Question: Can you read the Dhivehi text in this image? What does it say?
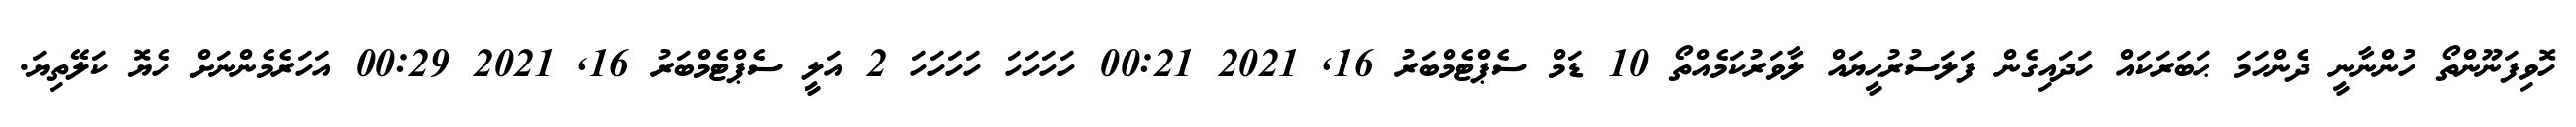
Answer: ހޮވިފަނޫންތޯ ހުންނާނީ ދެންހަމަ ޙަބަރަކައް ހަދައިގެން ފަލަސުރުޙީޔައް ލާވަރުކަމެއްތޯ 10 ޑަމް ސެޕްޓެމްބަރު 16, 2021 00:21 ހަހަހަހަ ހަހަހަހަ 2 އަލީ ސެޕްޓެމްބަރު 16, 2021 00:29 އަހަރެމެންނަށް ހެޔޮ ކަލޭތިޔަ.